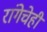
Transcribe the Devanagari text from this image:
रांगेचेही